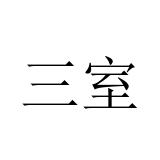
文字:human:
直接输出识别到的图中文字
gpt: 三室